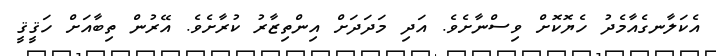
އެކަލާނގެއާމެދު ހެޔޮކޮށް ވިސްނާށެވެ. އަދި މަދަދަށް އިންތިޒާރު ކުރާށެވެ. އޭރުން ތިބާއަށް ހަޤީޤީ